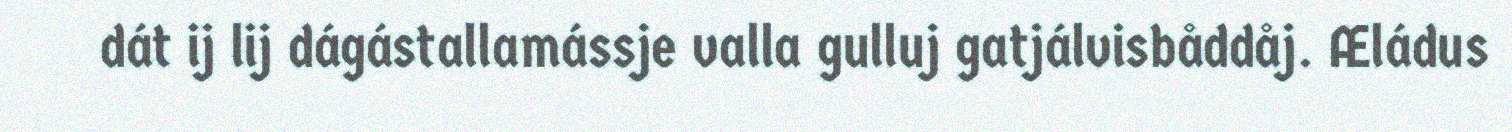
dát ij lij dágástallamássje valla gulluj gatjálvisbåddåj. Æládus